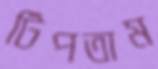
টিপতাম